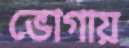
ভোগায়